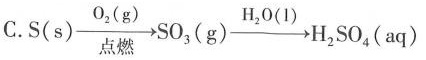
C.S(s) \xrightarrow[点燃]{O_{2}(g)} SO_{3}(g) \xrightarrow[]{H_{2}O(1)} H_{2}SO_{4}(aq)